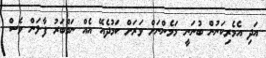
އަދި އެމެރިކަނުން ބުނަނީ މަމެންނަށް ވަރަށް ކަމުދެއޭ އެއް ނަމްބަރު ފާލަން ވެސް